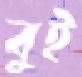
বুই